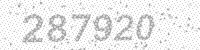
Solution: 287920